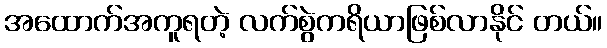
အထောက်အကူရတဲ့ လက်စွဲကရိယာဖြစ်လာနိုင် တယ်။